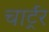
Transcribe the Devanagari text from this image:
चार्ट्रर